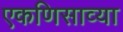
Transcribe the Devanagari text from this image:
एकणिसाव्या